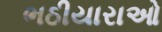
ભઠીયારાઓ